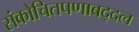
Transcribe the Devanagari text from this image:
संकोचितपणाबद्दल